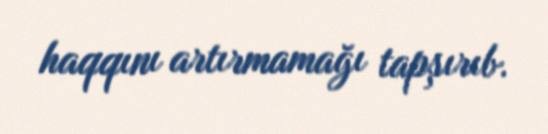
haqqını artırmamağı tapşırıb.